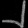
Digit: ၂